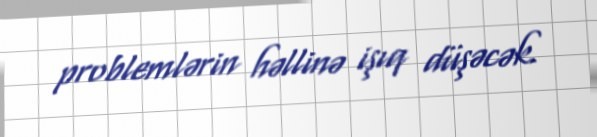
problemlərin həllinə işıq düşəcək.